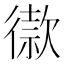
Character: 𢕫